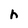
Character: h